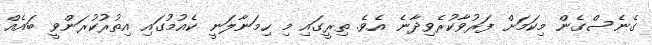
ގެނެސްގެން މިކަމަށް ފަރުވާކުރެވިދާނެ އެވެ. ތިރީގައި މި ހިމަނާލަނީ ކެއުމުގައި އިތުރުކުރަންވީ ބައެއް